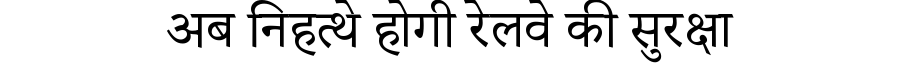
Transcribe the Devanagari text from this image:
अब निहत्थे होगी रेलवे की सुरक्षा